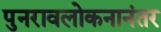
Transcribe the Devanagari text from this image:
पुनरावलोकनानंतर